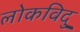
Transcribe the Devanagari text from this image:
लोकविदु